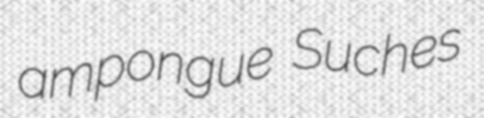
ampongue Suches